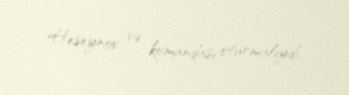
Heseynov və komandası oturmalıydı.